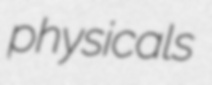
physicals